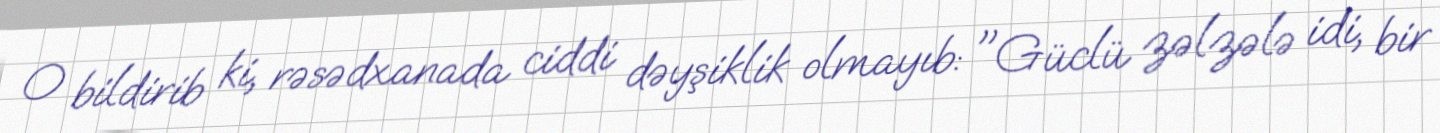
O bildirib ki, rəsədxanada ciddi dəyşiklik olmayıb: "Güclü zəlzələ idi, bir